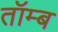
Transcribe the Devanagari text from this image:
तॉम्ब